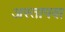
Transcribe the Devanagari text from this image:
अस्तापवा